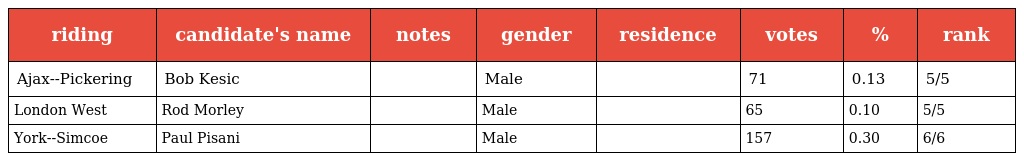
| riding | candidate's name | notes | gender | residence | votes | % | rank |
 | --- | --- | --- | --- | --- | --- | --- | --- |
 | Ajax--Pickering | Bob Kesic |  | Male |  | 71 | 0.13 | 5/5 |
 | London West | Rod Morley |  | Male |  | 65 | 0.10 | 5/5 |
 | York--Simcoe | Paul Pisani |  | Male |  | 157 | 0.30 | 6/6 |